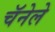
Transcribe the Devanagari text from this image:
चॅनेले